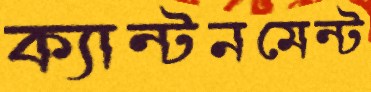
ক্যান্টনমেন্ট